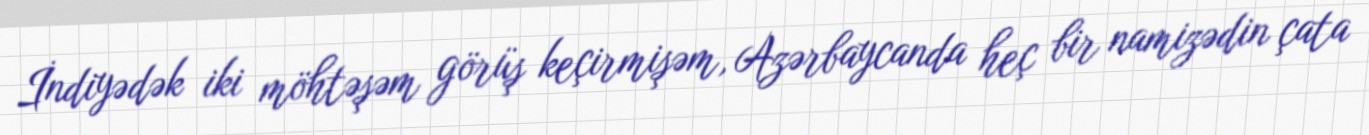
İndiyədək iki möhtəşəm görüş keçirmişəm, Azərbaycanda heç bir namizədin çata